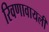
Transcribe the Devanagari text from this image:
रिवणावायली